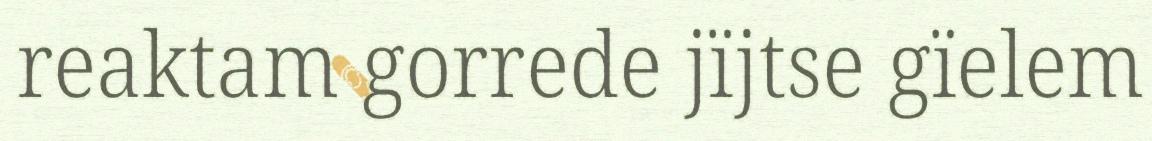
reaktam gorrede jïjtse gïelem